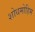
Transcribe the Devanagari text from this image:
शोधमोहिम